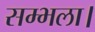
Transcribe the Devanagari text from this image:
सम्भला।